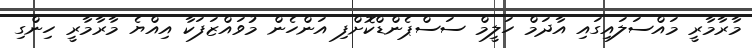
މާރާމާރީ މައްސަލައިގައި އާދަމް ހަލީމް ސަސްޕެންޑްކޮށްފި އަންހެން މުވައްޒަފަކާ އިއްޔެ މާރާމާރީ ހިންގި